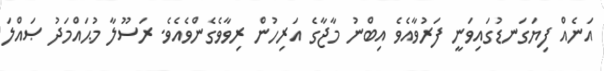
އަނެއް ފިޔަގަނޑުގައިވަނީ ފަރުވާއެވެ އިބްނު މާޖާގެ އަރިހުން ރިވާވެގެންވެއެވެ. ރަސޫލާ މުޙައްމަދު ޞައްލަ